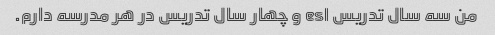
من سه سال تدریس esl و چهار سال تدریس در هر مدرسه دارم.